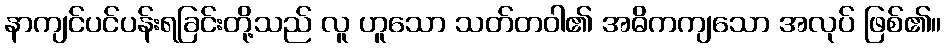
နာကျင်ပင်ပန်းရခြင်းတို့သည် လူ ဟူသော သတ်တဝါ၏ အဓိကကျသော အလုပ် ဖြစ်၏။